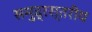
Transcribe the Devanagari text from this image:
समुद्रस्तरीय